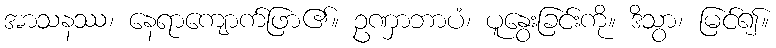
အာသနဿ၊ နေရာကျောက်ဖြာ၏။ ဥဏှာဘာပံ၊ ပူနွေးခြင်းကို။ ဒိသွာ၊ မြင်၍။